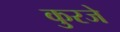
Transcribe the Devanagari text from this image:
कुरजे